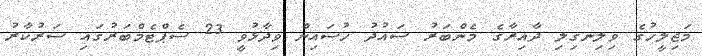
މަޖިލީހުގެ ވިލިނގިލި ދާއިރާގެ މެންބަރު ސައުދު ހުސައިން ވިދާޅުވީ 23 ސެޕްޓެމްބަރުގައި ސަރުކާރު